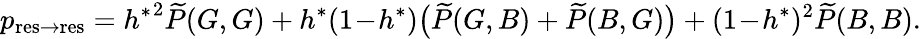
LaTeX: p_{\mathrm{res\to res}}={h^{\ast}}^{2}\widetilde{P}(G,G)+h^{\ast}(1\! -\! h^{\ast})\big(\widetilde{P}(G,B)+\widetilde{P}(B,G)\big)+(1\! -\! h^{\ast})^{2}\widetilde{P}(B,B).